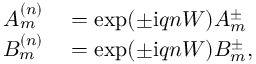
\begin{array} { r l } { A _ { m } ^ { ( n ) } } & { { } = \exp ( \pm \mathrm { i } q n W ) A _ { m } ^ { \pm } } \\ { B _ { m } ^ { ( n ) } } & { { } = \exp ( \pm \mathrm { i } q n W ) B _ { m } ^ { \pm } , } \end{array}